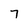
Character: 7